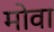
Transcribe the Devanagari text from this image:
मोवा